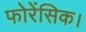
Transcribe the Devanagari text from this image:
फोरेंसिक।